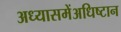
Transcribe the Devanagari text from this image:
अध्यासमेंअधिष्टान